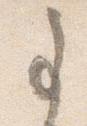
事